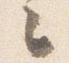
々